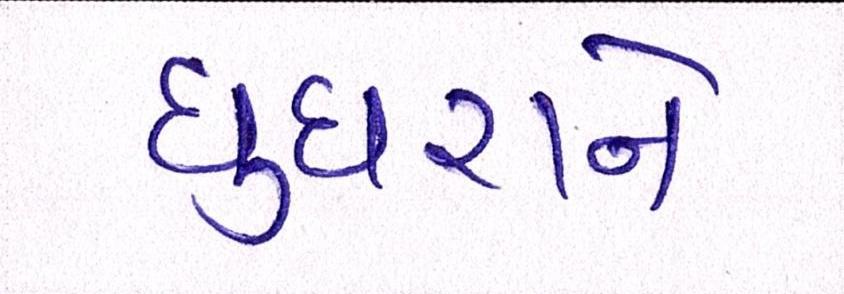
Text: ઘુઘરાને